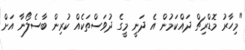
"މިހާރު މޮޑްރިޗް ދައްކަމުން އެ ދަނީ މީގެ ދުވަސްތަކެއް ކުރިން ބާސެލޯނާ އަށް